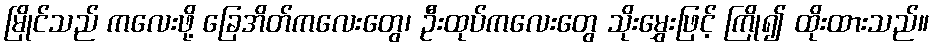
မြိုင်သည် ကလေးဖို့ ခြေအိတ်ကလေးတွေ၊ ဦးထုပ်ကလေးတွေ သိုးမွှေးဖြင့် ကြို၍ ထိုးထားသည်။